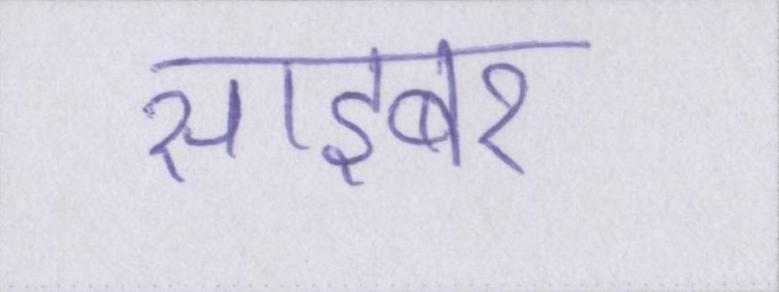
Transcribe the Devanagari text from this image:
साइबर